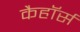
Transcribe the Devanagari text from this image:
कैहॉर्स